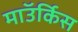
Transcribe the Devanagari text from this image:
माॅउर्किस